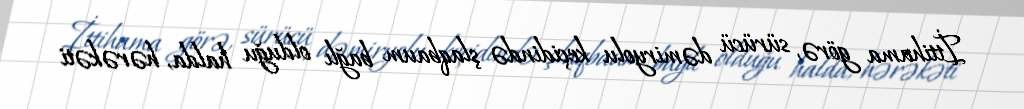
İttihama görə, sürücü dəmiryolu keçidində şlaqbaum bağlı olduğu halda, hərəkəti